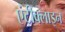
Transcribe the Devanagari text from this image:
एंटीक्लाइन